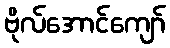
ဗိုလ်အောင်ကျော်